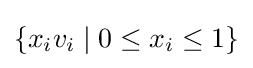
{\textstyle \{x_{i}v_{i}\mid 0\leq x_{i}\leq 1\}}